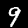
Digit: 9